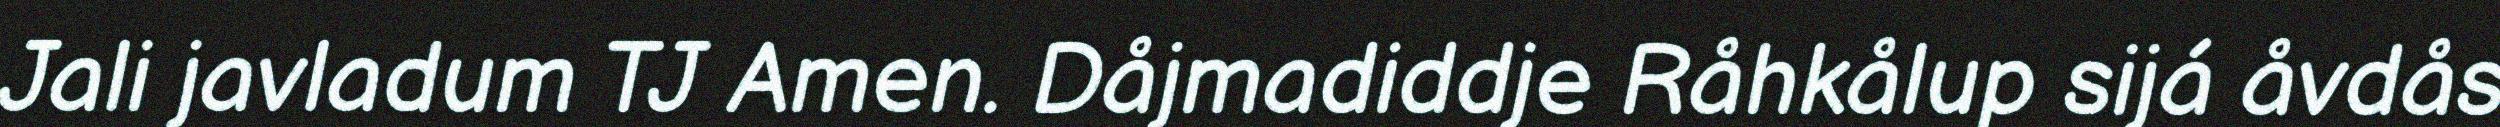
Jali javladum TJ Amen. Dåjmadiddje Råhkålup sijá åvdås